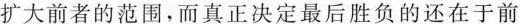
扩大前者的范围，而真正决定最后胜负的还在于前